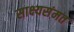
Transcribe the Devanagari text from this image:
साक्ष्यसंमत